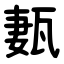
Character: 㼮